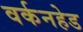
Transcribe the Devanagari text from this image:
वर्कनहेड